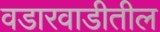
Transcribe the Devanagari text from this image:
वडारवाडीतील